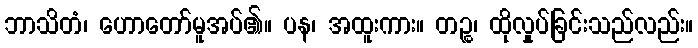
ဘာသိတံ၊ ဟောတော်မူအပ်၏။ ပန၊ အထူးကား။ တဉ္စ၊ ထိုလှုပ်ခြင်းသည်လည်း။